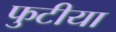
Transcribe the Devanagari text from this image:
फुटीया